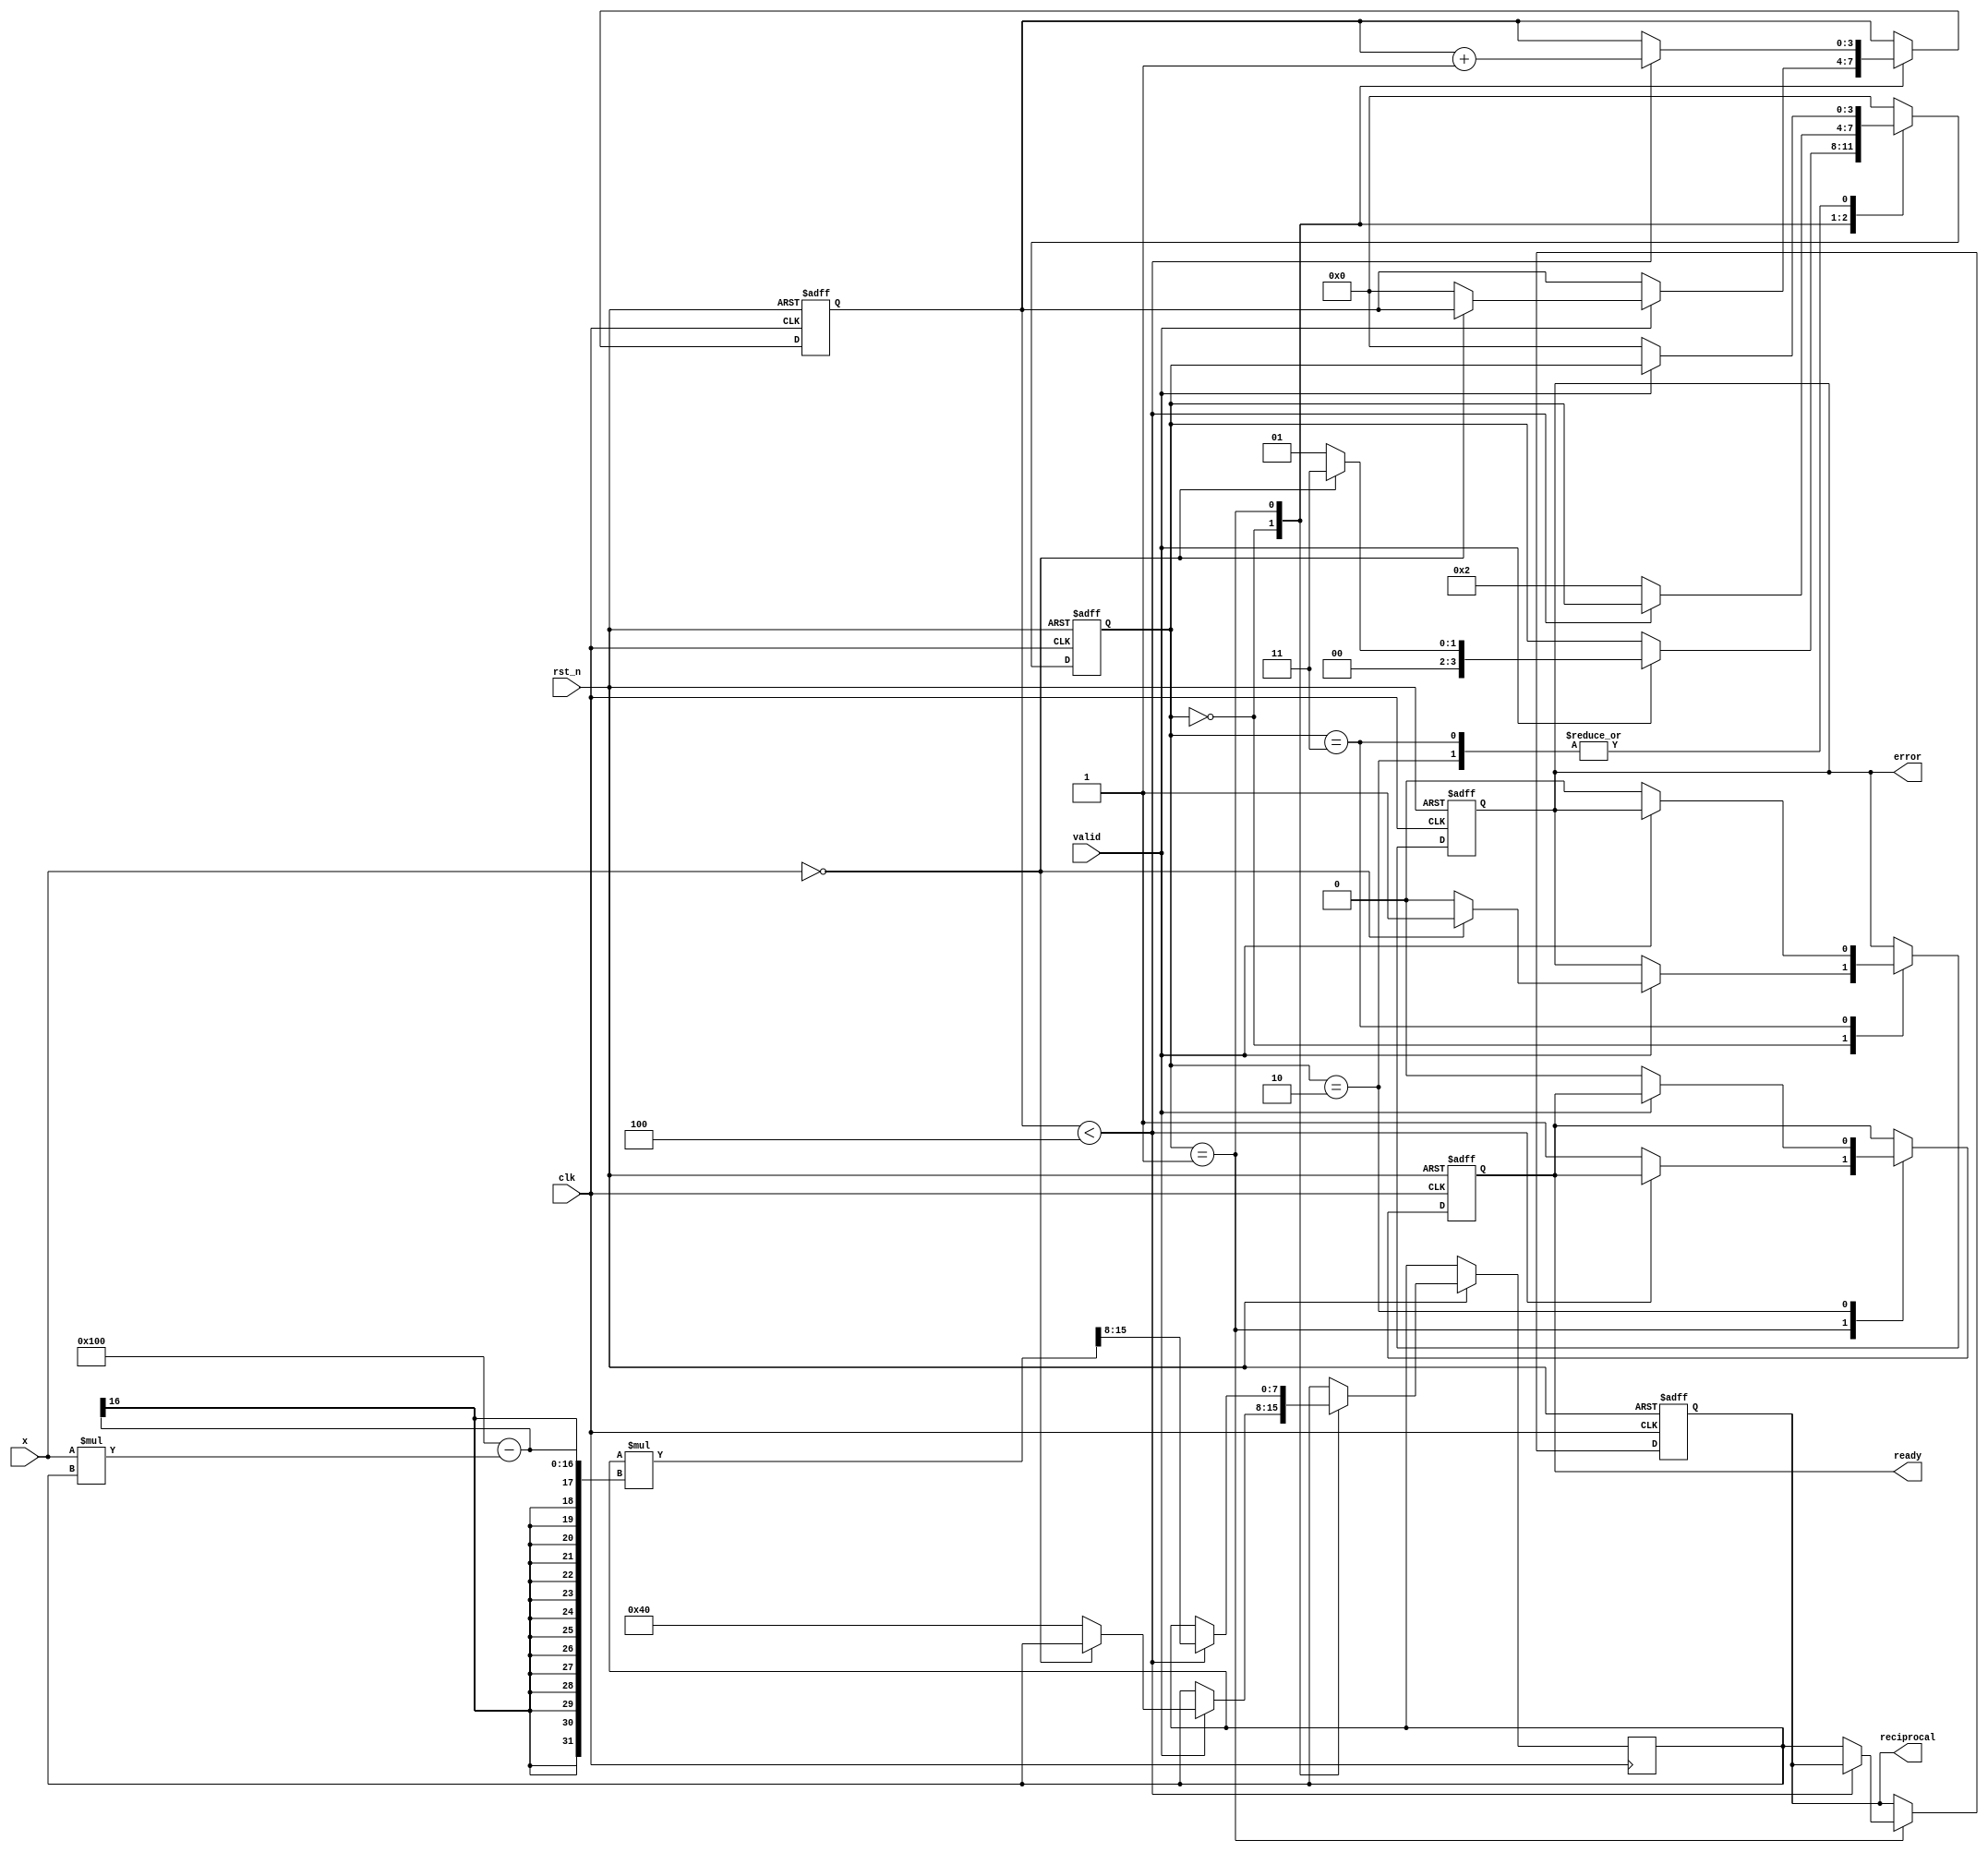
module binary_fractional_reciprocal #(
    parameter N = 8  // Bit width for input and output
) (
    input wire clk,              // Clock signal
    input wire rst_n,            // Active-low reset
    input wire [N-1:0] x,        // Input binary fractional number
    input wire valid,            // Input valid signal
    output reg [N-1:0] reciprocal, // Output binary fractional reciprocal
    output reg error,            // Error flag for invalid input
    output reg ready             // Output valid signal
);

    reg [N-1:0] approx;          // Approximation of 1/x
    reg [3:0] state;             // State variable for FSM
    reg [3:0] iteration_count;    // Iterate count for the Newton-Raphson method

    // State encoding
    localparam IDLE       = 4'b0000,
               CALC       = 4'b0001,
               DONE       = 4'b0010,
               ERROR      = 4'b0011;

    always @(posedge clk or negedge rst_n) begin
        if (!rst_n) begin
            reciprocal <= 0;
            error <= 0;
            ready <= 0;
            state <= IDLE;
            iteration_count <= 0;
        end else begin
            case (state)
                IDLE: begin
                    if (valid) begin
                        if (x == 0) begin
                            error <= 1; // Set error flag for zero input
                            state <= ERROR; // Move to error state
                        end else begin
                            error <= 0; // Clear error flag
                            // Initial approximation: Using (1 + x) for small x
                            approx <= {1'b0, 1'b1, {N-2{1'b0}}}; // Start from 1 (1.000...)
                            iteration_count <= 0;
                            state <= CALC; // Move to calculation state
                        end
                    end
                end

                CALC: begin
                    if (iteration_count < 4) begin // 4 iterations for convergence
                        // Newton-Raphson Update: approx = approx * (2 - x * approx)
                        approx <= approx * (2 ** N - x * approx) >> N; // Shift to maintain precision
                        iteration_count <= iteration_count + 1;
                    end else begin
                        reciprocal <= approx; // Set the final reciprocal value
                        ready <= 1; // Indicate that the output is ready
                        state <= DONE; // Move to done state
                    end
                end

                DONE: begin
                    if (!valid) begin
                        ready <= 0; // Clear ready signal on new input
                        state <= IDLE; // Go back to idle state
                    end
                end

                ERROR: begin
                    if (!valid) begin
                        error <= 0; // Clear error flag on new input
                        state <= IDLE; // Go back to idle state
                    end
                end

                default: state <= IDLE; // Reset state
            endcase
        end
    end
endmodule